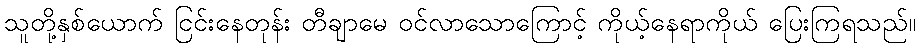
သူတို့နှစ်ယောက် ငြင်းနေတုန်း တီချာမေ ဝင်လာသောကြောင့် ကိုယ့်နေရာကိုယ် ပြေးကြရသည်။